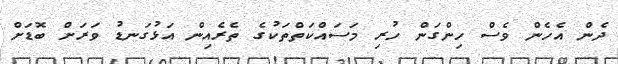
ދެން އެހެން ވެސް ހިންގަން ހުރި މަސައްކަތްތަކުގެ ތެރެއިން އަޅުގަނޑު ވަރަށް ބޮޑަށް